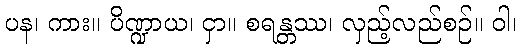
ပန၊ ကား။ ပိဏ္ဍာယ၊ ငှာ။ စရန္တဿ၊ လှည့်လည်စဉ်။ ဝါ၊